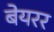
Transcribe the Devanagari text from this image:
बेयरर